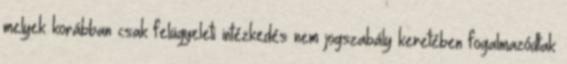
melyek korábban csak felügyeleti intézkedés nem jogszabály keretében fogalmazódtak